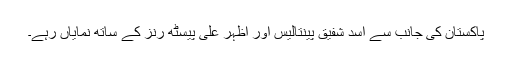
پاکستان کی جانب سے اسد شفیق پینتالیس اور اظہر علی پیسٹھ رنز کے ساتھ نمایاں رہے۔